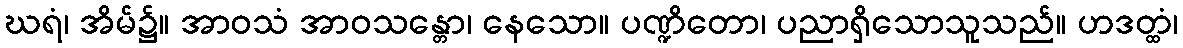
ဃရံ၊ အိမ်၌။ အာဝသံ အာဝသန္တော၊ နေသော။ ပဏ္ဍိတော၊ ပညာရှိသောသူသည်။ ဟဒတ္ထံ၊